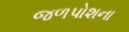
જળપોશના